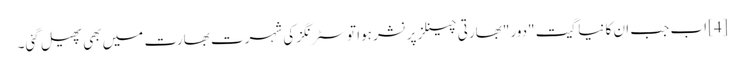
[4] اب جب ان کا نیا گیت "دور" بھارتی چینلز پر نشر ہوا تو سٹرنگز کی شہرت بھارت میں بھی پھیل گئی۔